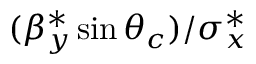
( \beta _ { y } ^ { * } \sin \theta _ { c } ) / \sigma _ { x } ^ { * }